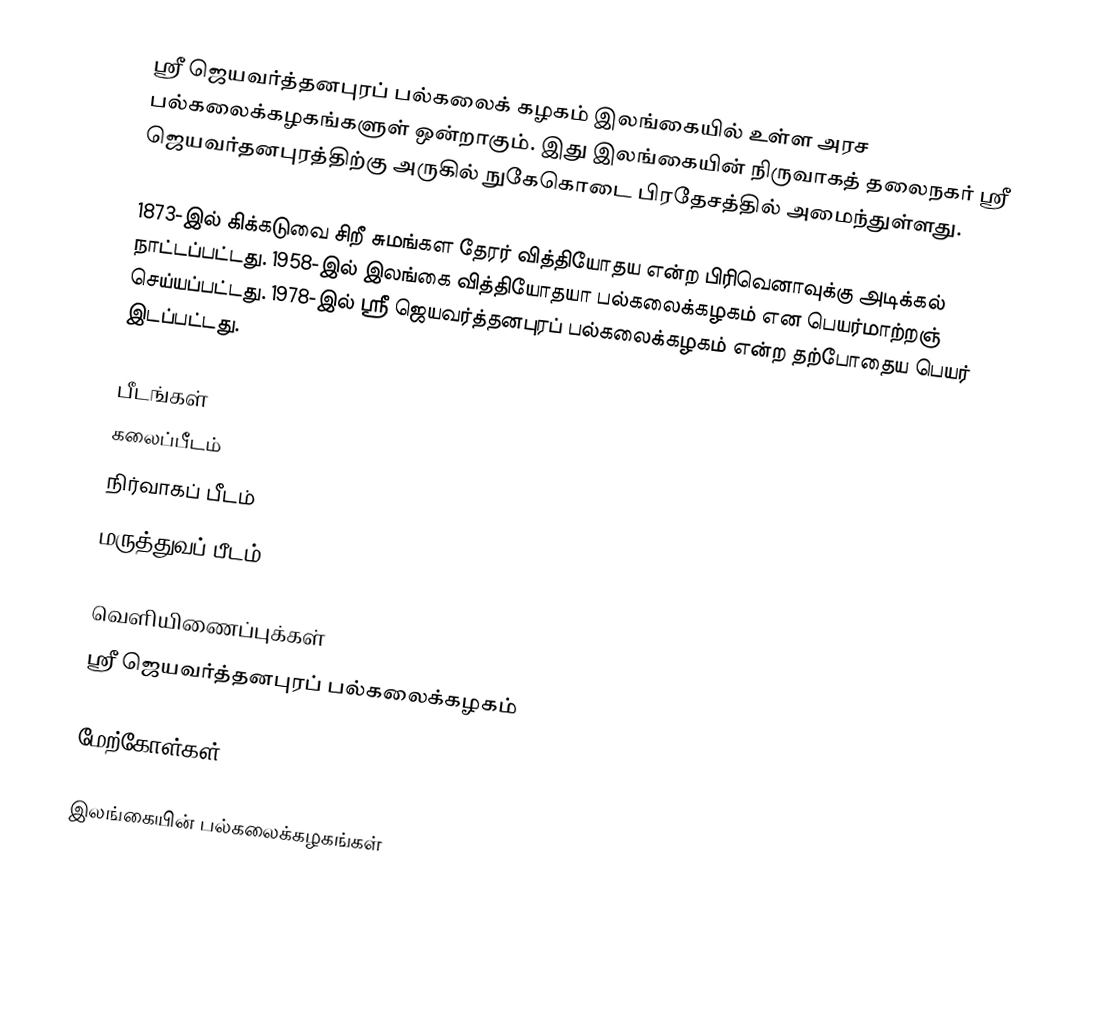
ஸ்ரீ ஜெயவர்த்தனபுரப் பல்கலைக் கழகம் இலங்கையில் உள்ள அரச பல்கலைக்கழகங்களுள் ஒன்றாகும். இது இலங்கையின் நிருவாகத் தலைநகர் ஸ்ரீ ஜெயவர்தனபுரத்திற்கு அருகில் நுகேகொடை பிரதேசத்தில் அமைந்துள்ளது.

1873-இல் கிக்கடுவை சிறீ சுமங்கள தேரர் வித்தியோதய என்ற பிரிவெனாவுக்கு அடிக்கல் நாட்டப்பட்டது. 1958-இல் இலங்கை வித்தியோதயா பல்கலைக்கழகம் என பெயர்மாற்றஞ் செய்யப்பட்டது. 1978-இல் ஸ்ரீ ஜெயவர்த்தனபுரப் பல்கலைக்கழகம் என்ற தற்போதைய பெயர் இடப்பட்டது.

பீடங்கள்
கலைப்பீடம்
நிர்வாகப் பீடம்
மருத்துவப் பீடம்

வெளியிணைப்புக்கள்
 ஸ்ரீ ஜெயவர்த்தனபுரப் பல்கலைக்கழகம்

மேற்கோள்கள்

இலங்கையின் பல்கலைக்கழகங்கள்